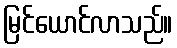
မြင်ယောင်လာသည်။